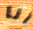
أنا